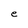
Character: e